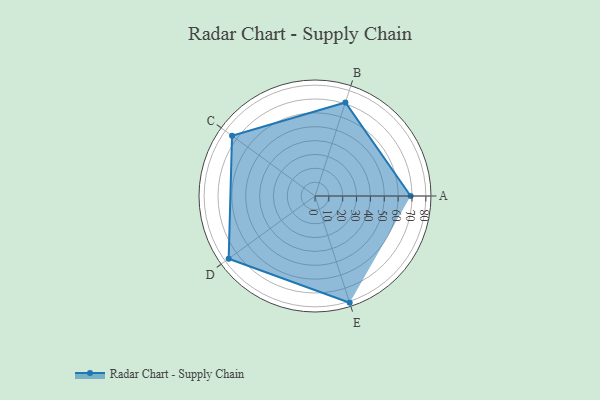
{"axis": {"x": "Skill", "y": "Score"}, "legend": ["Profile"], "data": [{"x": "A", "y": 69.0, "type": "Profile"}, {"x": "B", "y": 71.0, "type": "Profile"}, {"x": "C", "y": 74.0, "type": "Profile"}, {"x": "D", "y": 77.0, "type": "Profile"}, {"x": "E", "y": 81.0, "type": "Profile"}]}